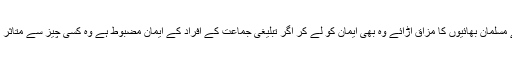
لیکن اس کا مطلب یہ نہیں کہ ہم اپنے مسلمان بھائیوں کا مزاق اڑائے وہ بھی ایمان کو لے کر اگر تبلیغی جماعت کے افراد کے ایمان مضبوط ہے وہ کسی چیز سے متاثر نہیں ہوتے ہیں یہ انکا اپنا معاملہ ہے۔